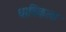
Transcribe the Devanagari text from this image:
धाविकला